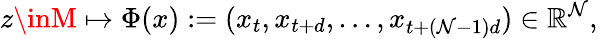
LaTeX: z\inM\mapsto\Phi(x):=(x_{t},x_{t+d},\ldots,x_{t+(\mathcal{N}-1)d})\in\mathbb{{R}}^{\mathcal{N}},